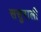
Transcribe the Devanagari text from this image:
ससुराली